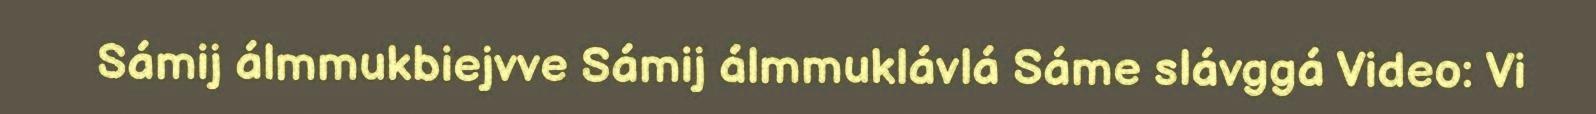
Sámij álmmukbiejvve Sámij álmmuklávlá Sáme slávggá Video: Vi